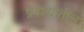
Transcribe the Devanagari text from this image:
प्रदेश्यातील